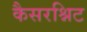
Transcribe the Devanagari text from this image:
कैसरश्निट